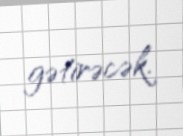
gətirəcək.